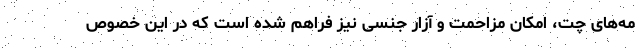
مه‌های چت، امکان مزاحمت و آزار جنسی نیز فراهم شده است که در این خصوص